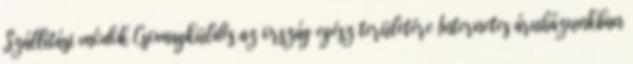
Szállítási módok Csomagküldés az ország egész területére Internetes áruházunkban